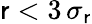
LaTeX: \mathsf{r}<3\, \sigma_{\mathsf{r}}